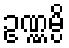
ဥဏ္ဏမ္ပိ